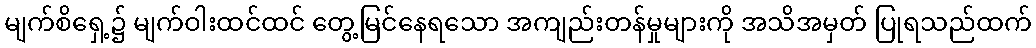
မျက်စိရှေ့၌ မျက်ဝါးထင်ထင် တွေ့မြင်နေရသော အကျည်းတန်မှုများကို အသိအမှတ် ပြုရသည်ထက်